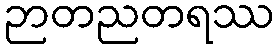
ဉာတညတရဿ